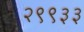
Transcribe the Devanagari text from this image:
२९९३३